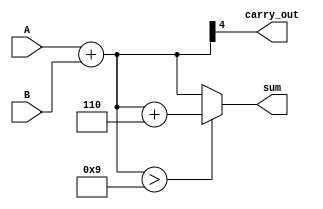
module bcd_redundant_binary_adder (
    input  wire [3:0] A,         // BCD input A
    input  wire [3:0] B,         // BCD input B
    output reg  [4:0] sum,       // 5-bit redundant binary output
    output reg  carry_out        // Carry out for multi-digit addition
);

    wire [4:0] bcd_sum;          // 5-bit sum of A and B
    wire correction_needed;       // Flag to indicate if correction is needed

    // Step 1: Perform initial addition
    assign bcd_sum = {1'b0, A} + {1'b0, B}; // Extend A and B to 5 bits for addition

    // Step 2: Check if correction is needed
    assign correction_needed = bcd_sum[4:0] > 5'b01001; // Check if greater than 9 (1001 in binary)

    // Step 3: Apply BCD correction if necessary
    always @(*) begin
        if (correction_needed) begin
            sum = bcd_sum + 5'b00110; // Add 6 (0110 in binary)
        end else begin
            sum = bcd_sum; // No correction
        end
        carry_out = bcd_sum[4]; // Capture the carry out
    end

endmodule